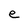
Character: e